Annual report on the working of the mental hospitals in the Madras Presidency - 1912-1932
Year: 1912
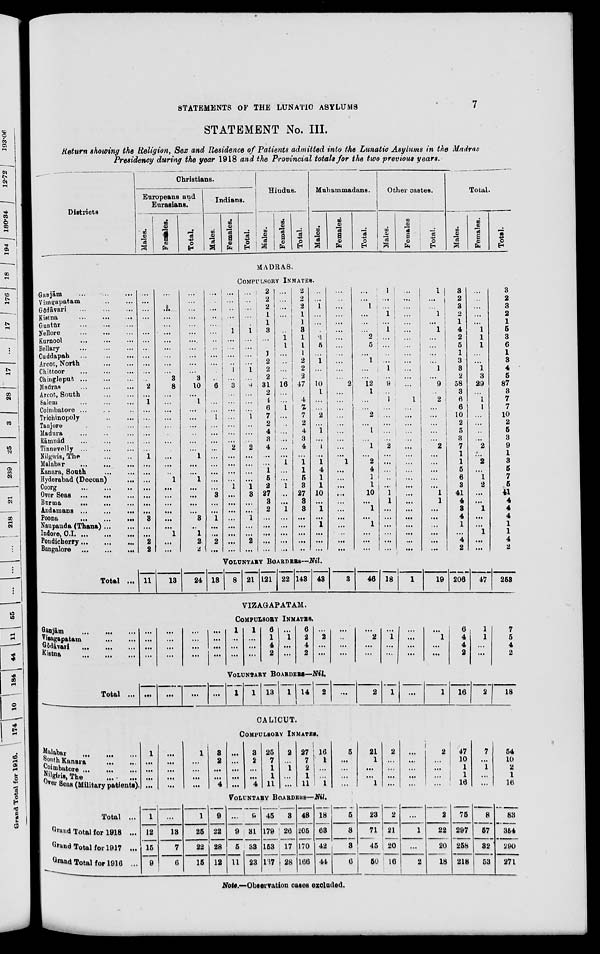
STATEMENTS OF THE LUNATIC ASYLUMS
7
STATEMENT No. III.
Return showing the Religion, Sex and Residence of Patients admitted into the Lunatic Asylums in the Madras
Presidency during the year 1918 and the Provincial totals for the two previous years.
Districts.
Christians.
Europeans and
Eurasians.
Males.
Females.
Total.
Indians.
Males.
Females.
Total.
Hindus.
Males.
Females.
Total.
Muhammadans.
Males.
Females.
Total.
Other castes.
Males.
Females.
Total.
Total.
Males.
Females.
Total.
MADRAS.
COMPULSORY INMATES.
Ganjām ... ... ...
Vizagapatam ... ...
Gōdāvari
...
...
...
Kistna
...
...
...
Guntūr
...
...
...
Nellore
...
...
...
Kurnool ... ... ...
Bellary
...
...
...
Cuddapah
...
...
...
Arcot, North
...
...
Chittoor
...
...
...
Chingleput
...
...
...
Madras ... ... ...
Arcot, South
...
...
Salem ... ... ...
Coimbatore ... ... ...
Trichinopoly
...
...
Tanjore ... ... ...
Madura ... ... ...
Rāmnād
...
...
...
Tinnevelly ... ... ...
Nilgiris, The
...
...
Malabar
...
...
...
Kanara, South ... ...
Hyderabad (Deccan) ...
Coorg
...
...
...
Over Seas ... ... ...
Burma ... ... ...
Andamans
...
...
...
Poona
...
...
...
Naupauda (Thana) ... ...
Indore, C.I. ... ... ...
Pondicherry ... ... ...
Bangalore
...
...
...
...
...
...
...
...
...
...
...
...
...
...
...
2
...
1
...
...
...
...
...
...
1
...
...
...
...
...
...
...
3
...
...
2
2
...
...
...
...
...
...
...
...
...
...
...
3
8
...
...
...
...
...
...
...
...
...
...
...
1
...
...
...
...
...
...
1
...
...
...
...
...
...
...
...
...
...
...
...
...
3
10
...
1
...
...
...
...
...
...
1
...
...
1
...
...
...
...
3
...
1
2
2
...
...
...
...
...
...
...
...
...
...
...
...
6
...
...
...
1
...
...
...
...
...
...
...
...
...
3
...
...
1
...
...
2
...
...
...
...
...
...
1
...
...
...
...
1
...
3
...
...
...
...
...
...
...
2
...
...
...
...
1
...
...
...
...
...
...
...
...
...
...
...
...
...
1
...
...
...
...
1
...
9
...
...
...
1
...
...
...
2
...
...
...
...
1
3
...
...
1
...
...
2
...
2
2
2
1
1
3
...
...
1
2
2
2
31
2
4
6
7
2
4
3
4
...
...
1
5
2
27
3
2
...
...
...
...
...
...
...
...
...
...
...
1
1
...
...
...
...
16
...
...
1
...
...
...
...
...
...
1
...
...
1
...
...
1
...
...
...
...
...
2
2
2
1
1
3
1
1
1
2
2
2
47
...
4
7
7
2
4
3
4
...
1
1
5
3
27
3
3
...
...
...
...
...
...
...
1
...
...
...
2
5
...
1
...
...
10
1
...
...
2
...
1
...
1
...
1
4
1
1
10
...
1
...
1
...
...
...
...
...
...
...
...
...
...
...
...
...
...
...
2
...
...
...
...
...
...
...
...
...
1
...
...
...
...
...
...
...
...
...
...
...
...
...
1
...
...
...
2
5
...
1
...
...
12
1
...
...
2
...
1
...
1
...
2
4
1
1
10
...
1
...
1
...
...
...
1
...
...
1
...
1
...
...
...
...
1
...
9
...
1
...
...
...
...
...
2
...
...
...
...
...
1
1
...
...
...
...
...
...
...
...
...
...
...
...
...
...
...
...
...
...
...
...
1
...
...
...
...
...
...
...
...
...
...
...
...
...
...
...
...
...
...
...
1
...
...
1
...
1
...
...
...
...
1
...
9
...
2
...
...
...
...
...
2
...
...
...
...
...
1
1
...
...
...
...
...
...
3
2
3
2
1
4
2
5
1
3
3
2
58
3
6
6
10
2
5
3
7
1
1
5
6
3
41
4
3
4
1
...
4
2
...
...
...
...
...
1
1
1
...
...
1
3
29
...
1
1
...
...
...
...
2
...
2
...
1
2
...
...
1
...
...
1
...
...
3
2
3
2
1
5
3
6
1
3
4
5
87
3
7
7
10
2
5
3
9
1
3
5
7
5
41
4
4
4
1
1
4
2
VOLUNTARY BOARDERS—Nil.
Total ... 11
13
24 13
8 21 121 22 143 43
3
46 18
1
19 206
47
253
VIZAGAPATAM.
COMPULSORY INMATES.
Ganjām
...
...
...
Vizagapatam ... ... ...
Gōdāvari
...
...
...
Kistna
...
...
...
...
...
...
...
...
...
...
...
...
...
...
...
...
...
...
...
1
...
...
...
1
...
...
...
6
1
4
2
...
1
...
...
6
2
4
2
...
2
...
...
...
...
...
...
...
2
...
...
...
1
...
...
...
...
...
...
...
1
...
...
6
4
4
2
1
1
...
...
7
5
4
2
VOLUNTARY BOARDERS—Nil.
Total ... ...
...
...
...
1
1 13 1 14
2
...
2
1
...
1
16
2
18
CALICUT.
COMPULSORY INMATES.
Malabar ... ... ...
South Kanara
...
...
Coimbatore
...
...
...
Nilgiris,The
...
...
Over Seas (Military patients).
1
...
...
...
...
...
...
...
...
...
1
...
...
...
...
3
2
...
...
4
...
...
...
...
...
3
2
...
...
4
25
7
1
1
11
2
...
1
...
...
27
7
2
1
11
16
1
...
...
1
5
...
...
...
...
21
1
...
...
1
2
...
...
...
...
...
...
...
...
...
2
...
...
...
...
47
10
1
1
16
7
...
1
...
...
54
10
2
1
16
VOLUNTARY BOARDERS—Nil.
Total ...
Grand Total for 1918 ...
Grand Total for 1917 ...
Grand Total for 1916 ...
1
12
15
9
...
13
7
6
1
25
22
15
9
22
28
12
...
9
5
11
9
31
33
23
45
179
153
137
3
26
17
28
48
205
170
166
18
63
42
44
5
3
3
6
23
71
45
50
2
21
20
16
...
1
...
2
2
22
20
18
75
297
258
218
8
57
32
53
83
354
290
271
Note.—Observation cases excluded.